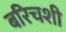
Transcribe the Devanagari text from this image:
बरिचशी